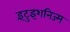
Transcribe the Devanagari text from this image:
इंटुइशनिज्म